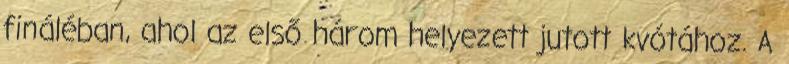
fináléban, ahol az első három helyezett jutott kvótához. A